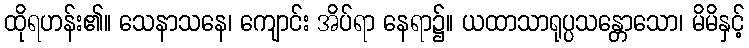
ထိုရဟန်း၏။ သေနာသနေ၊ ကျောင်း အိပ်ရာ နေရာ၌။ ယထာသာရုပ္ပသန္တောသော၊ မိမိနှင့်